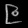
Digit: ၉